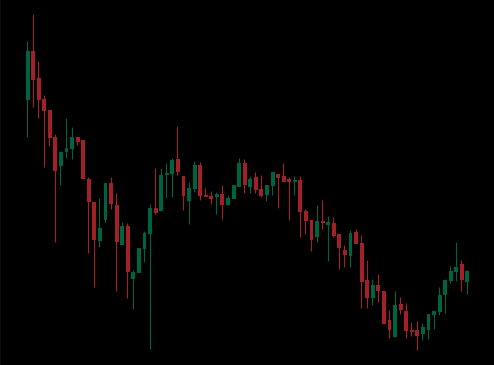
Pattern: unclassified